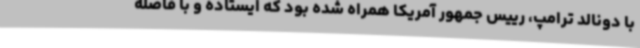
با دونالد ترامپ، رییس جمهور آمریکا همراه شده بود که ایستاده و با فاصله